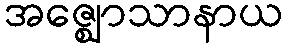
အဇ္ဈောသာနာယ